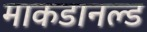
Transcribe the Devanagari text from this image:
माकडानल्ड